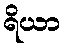
ရိယာ